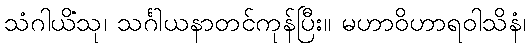
သံဂါယိံသု၊ သင်္ဂါယနာတင်ကုန်ပြီး။ မဟာဝိဟာရဝါသိနံ၊